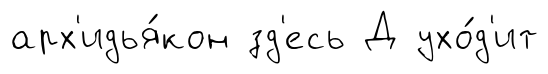
арх'идья́кон зд'есь Д ухо́д'ит